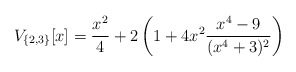
\begin{align*}V_{\{2,3\}}[x]=\frac{x^2}{4}+2\left(1 +4x^2\frac{x^4-9}{(x^4+3)^2}\right) \end{align*}